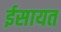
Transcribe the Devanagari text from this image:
ईसायत